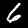
Label: 6